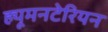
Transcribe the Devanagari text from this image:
ह्यूमनटेरियन